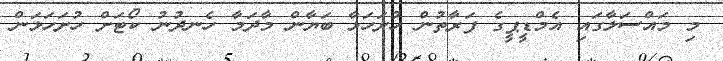
މި މައްސަލާގައި އެމްޑީޕީގެ ފަރާތުން ހުށަހަޅާ ބަޔާން މާދަމާ ހެނދުނު ކޯޓަށް ހުށަހަޅަން